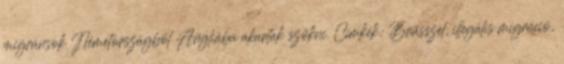
migránsok Németországból Angliába akartak szökni. Címkék: Brüsszel, illegális migráció,